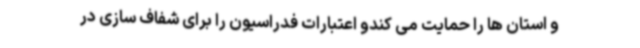
و استان ها را حمایت می کندو اعتبارات فدراسیون را برای شفاف سازی در